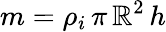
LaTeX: m=\rho_{i}\, \pi\, \mathbb{R}^{2}\, h